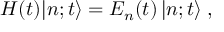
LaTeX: H ( t ) | n ; t \rangle = E _ { n } ( t ) \, | n ; t \rangle \; ,